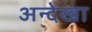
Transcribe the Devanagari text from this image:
अन्देखा